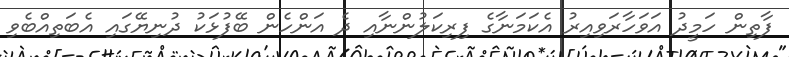
ފާތިން ހަމީދު އަވަހާރަވިއިރު އެކަމަނާގެ ފިރިކަލުންނާއި ދެ އަންހެން ބޭފުޅަކު ދުނިޔޭގައި އެބަތިއްބެވި